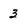
Character: 3